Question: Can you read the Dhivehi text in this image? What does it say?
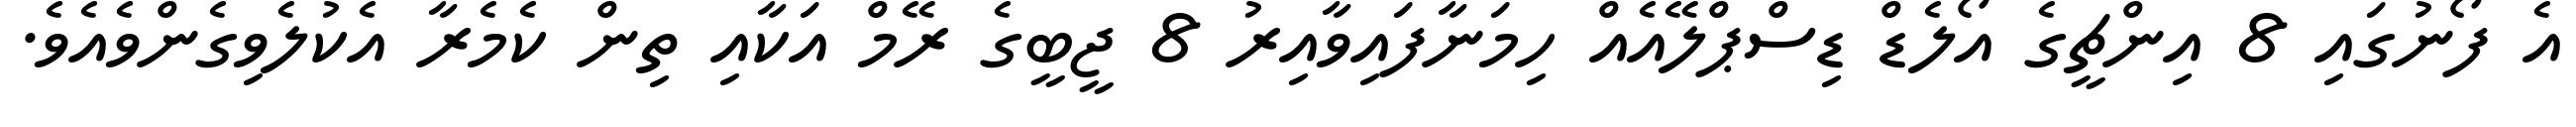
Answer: އެ ފޯނުގައި 8 އިންޗީގެ އޯލެޑް ޑިސްޕްލޭއެއް ހިމަނާފައިވާއިރު 8 ޖީބީގެ ރޭމް އަކާއި ތިން ކެމެރާ އެކުލެވިގެންވެއެވެ.